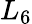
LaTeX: L_{6}